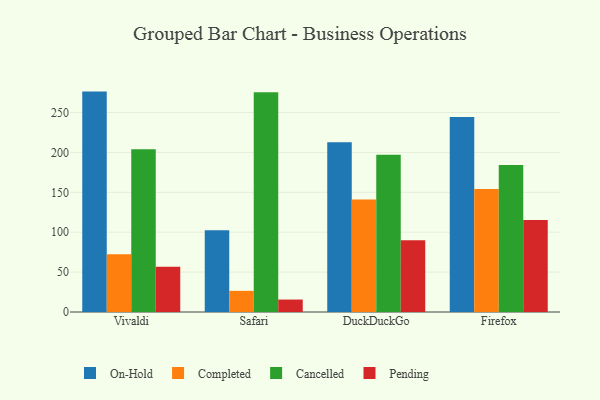
{"axis": {"x": "Browser", "y": "Population (Million)"}, "legend": ["Cancelled", "Completed", "On-Hold", "Pending"], "data": [{"x": "Vivaldi", "y": 276.2, "type": "On-Hold"}, {"x": "Vivaldi", "y": 72.3, "type": "Completed"}, {"x": "Vivaldi", "y": 203.9, "type": "Cancelled"}, {"x": "Vivaldi", "y": 56.6, "type": "Pending"}, {"x": "Safari", "y": 102.6, "type": "On-Hold"}, {"x": "Safari", "y": 26.5, "type": "Completed"}, {"x": "Safari", "y": 275.3, "type": "Cancelled"}, {"x": "Safari", "y": 15.6, "type": "Pending"}, {"x": "DuckDuckGo", "y": 212.6, "type": "On-Hold"}, {"x": "DuckDuckGo", "y": 140.9, "type": "Completed"}, {"x": "DuckDuckGo", "y": 197.2, "type": "Cancelled"}, {"x": "DuckDuckGo", "y": 90.0, "type": "Pending"}, {"x": "Firefox", "y": 244.3, "type": "On-Hold"}, {"x": "Firefox", "y": 154.0, "type": "Completed"}, {"x": "Firefox", "y": 184.2, "type": "Cancelled"}, {"x": "Firefox", "y": 115.4, "type": "Pending"}]}